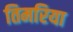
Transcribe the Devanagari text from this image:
तिमरिया